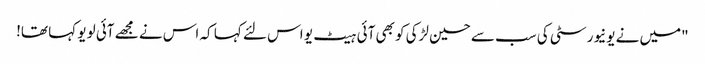
"میں نے یونیورسٹی کی سب سے حسین لڑکی کو بھی آئی ہیٹ یو اس لئے کہا کہ اس نے مجھے آئی لو یو کہا تھا!